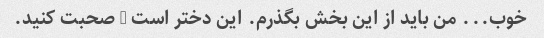
خوب... من باید از این بخش بگذرم. این دختر است - صحبت کنید.